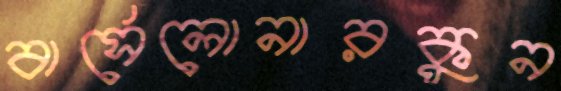
বার্সেলোনারকুন